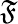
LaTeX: \mathfrak{F}